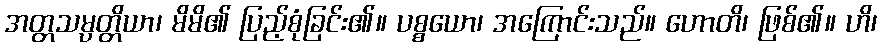
အတ္တသမ္ပတ္တိယာ၊ မိမိ၏ ပြည့်စုံခြင်း၏။ ပစ္စယော၊ အကြောင်းသည်။ ဟောတိ၊ ဖြစ်၏။ ဟိ၊